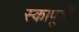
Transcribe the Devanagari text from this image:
स्कापूर्वी